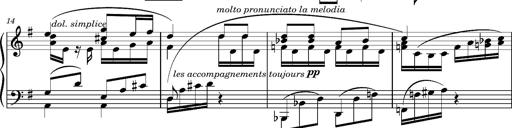
Title: Album-Leaf "Andante religioso"
Composer: Franz Liszt
Key: G major